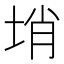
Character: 𡌔